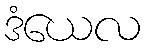
ဒံယေလ